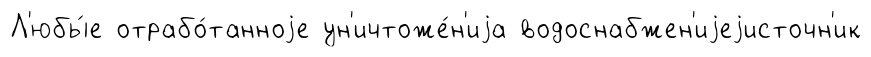
Л'юбы́е отрабо́танноjе ун'ичтоже́н'иjа водоснабжен'иjеjисточн'ик